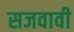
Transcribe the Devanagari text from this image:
सजवावी